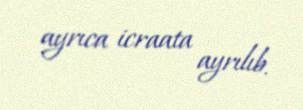
ayrıca icraata ayrılıb.